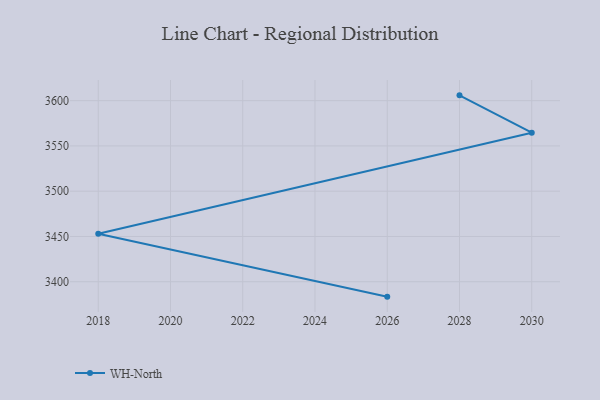
{"axis": {"x": "Year", "y": "Latency (ms)"}, "legend": ["WH-North"], "data": [{"x": "2026", "y": 3383.5, "type": "WH-North"}, {"x": "2018", "y": 3453.0, "type": "WH-North"}, {"x": "2030", "y": 3564.6, "type": "WH-North"}, {"x": "2028", "y": 3605.9, "type": "WH-North"}]}